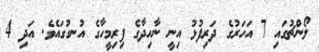
ލޯންޗުގައި 7 އަހަރުގެ ދަރިފުޅު އިނީ ނާހިދާގެ ފިރިމީހާގެ އުނގުގައެވެ. އަދި 4